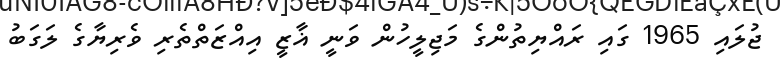
ޖުލައި 1965 ގައި ރައްޔިތުންގެ މަޖިލީހުން ވަނީ ޣާޒީ އިއްޒަތްތެރި ވެރިޔާގެ ލަގަބު